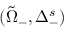
( \Tilde { \Omega } _ { - } , \Delta _ { - } ^ { s } )